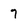
Character: 7